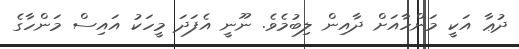
ދުޢާ އަކީ މަންހާއަށް ދާއިން ލިބުމެވެ. ނޫނީ އެފަދަ މީހަކު އައިސް މަންހާގެ